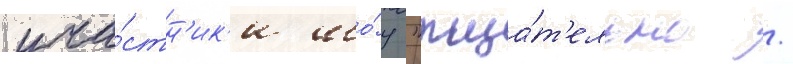
уча́стн'ик'и шо́у "тща́т'ельно /